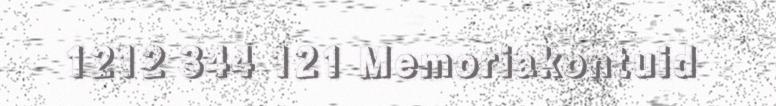
1212 344 121 Memoriakontuid